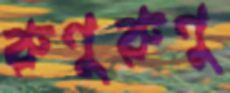
রুণুরুণু